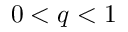
0 < q < 1